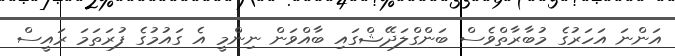
އަންނަ އަހަރުގެ މުބާރާތްވެސް ބަންގްލަދޭޝްގައި ބާއްވަން ނިންމީ އެ ގައުމުގެ ފުރަތަމަ ރައީސް